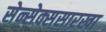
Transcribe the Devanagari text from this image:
सेन्सेक्ससारखा